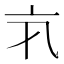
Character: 𠅂